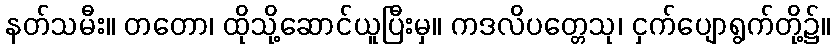
နတ်သမီး။ တတော၊ ထိုသို့ဆောင်ယူပြီးမှ။ ကဒလိပတ္တေသု၊ ငှက်ပျောရွက်တို့၌။